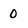
Character: 0